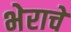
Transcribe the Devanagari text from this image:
भेराचे